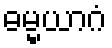
ဓမ္မယာဂံ